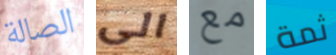
الصالة الى مع ثمة